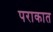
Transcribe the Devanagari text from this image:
पराकात